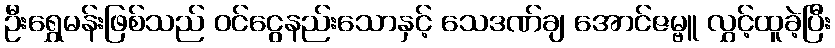
ဦးရွှေမန်းဖြစ်သည် ဝင်ငွေနည်းသောနှင့် သေဒဏ်ချ အောင်ဇမ္ဗူ လွှင့်ထူခဲ့ပြီး